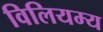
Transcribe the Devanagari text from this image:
विलियम्य